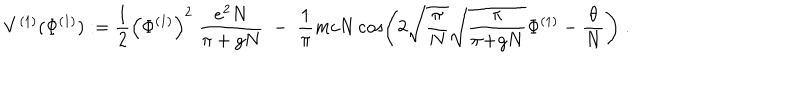
LaTeX: V ^ { ( 1 ) } ( \Phi ^ { ( 1 ) } ) : = \frac { 1 } { 2 } \Big ( \Phi ^ { ( 1 ) } \Big ) ^ { 2 } \; \frac { e ^ { 2 } N } { \pi + g N } \; - \; \frac { 1 } { \pi } m c N \cos \left( 2 \sqrt { \frac { \pi } { N } } \sqrt { \frac { \pi } { \pi \! + \! g N } } \Phi ^ { ( 1 ) } - \frac { \theta } { N } \right) \; .